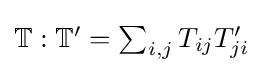
{\textstyle \mathbb {T} :\mathbb {T'} =\sum _{i,j}T_{ij}T'_{ji}}